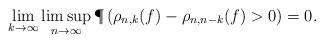
LaTeX: \begin{align*} \lim_{k \to \infty} \limsup_{n \to \infty} \P\left( \rho_{n,k}(f) - \rho_{n,n-k}(f)>0 \right) = 0.\end{align*}